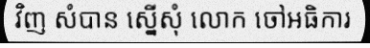
វិញ សំបាន ស្នើសុំ លោក ចៅអធិការ